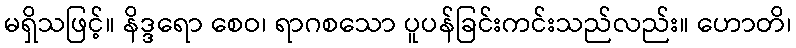
မရှိသဖြင့်။ နိဒ္ဒရော စေဝ၊ ရာဂစသော ပူပန်ခြင်းကင်းသည်လည်း။ ဟောတိ၊